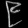
Digit: ၉